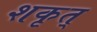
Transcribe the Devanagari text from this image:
शकृत्